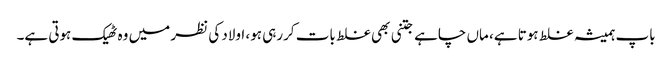
باپ ہمیشہ غلط ہوتا ہے، ماں چاہے جتنی بھی غلط بات کررہی ہو، اولاد کی نظر میں وہ ٹھیک ہوتی ہے۔